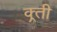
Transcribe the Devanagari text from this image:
क्र्ती